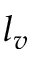
l _ { v }